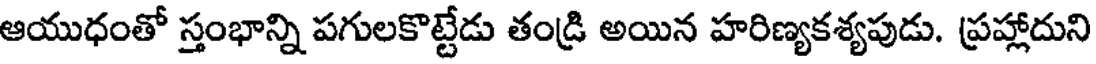
ఆయుధంతో స్తంభాన్ని పగులకొట్టేడు తండ్రి అయిన హరిణ్యకశ్యపుడు. ప్రహ్లాదుని